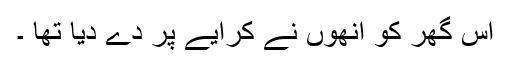
اُس گھر کو انھوں نے کرایے پر دے دیا تھا ۔